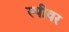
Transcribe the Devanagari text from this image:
स्पीवर